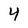
Character: 4